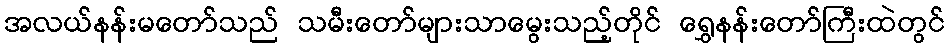
အလယ်နန်းမတော်သည် သမီးတော်များသာမွေးသည့်တိုင် ရွှေနန်းတော်ကြီးထဲတွင်